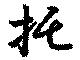
托